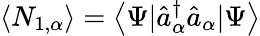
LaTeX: \left\langle N_{1,\alpha}\right\rangle=\left\langle\Psi|\hat{a}_{\alpha}^{\dagger}\hat{a}_{\alpha}|\Psi\right\rangle